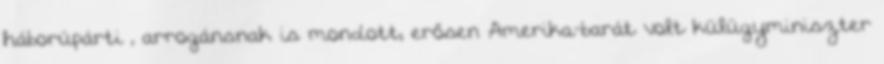
háborúpárti , arrogánsnak is mondott, erősen Amerika-barát volt külügyminiszter